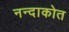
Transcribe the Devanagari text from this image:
नन्दाकोत